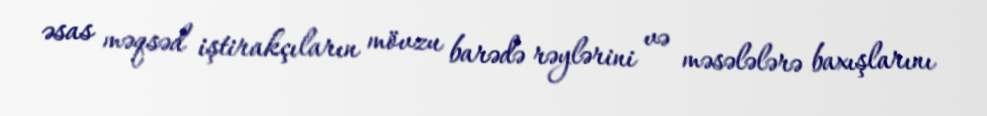
əsas məqsəd iştirakçıların mövzu barədə rəylərini və məsələlərə baxışlarını